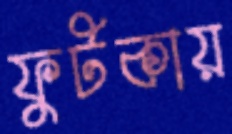
ফুটকায়